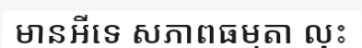
មានអីទេ សភាពធម្មតា លុះ